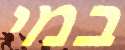
במי